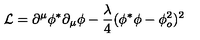
{ \mathcal L } = \partial ^ { \mu } \phi ^ { * } \partial _ { \mu } \phi - \frac { \lambda } { 4 } ( \phi ^ { * } \phi - \phi _ { o } ^ { 2 } ) ^ { 2 }